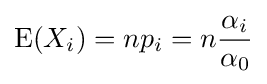
\operatorname {E} (X_{i})=np_{i}=n{\frac {\alpha _{i}}{\alpha _{0}}}